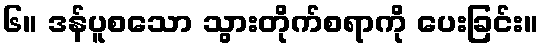
၆။ ဒန်ပူစသော သွားတိုက်စရာကို ပေးခြင်း။